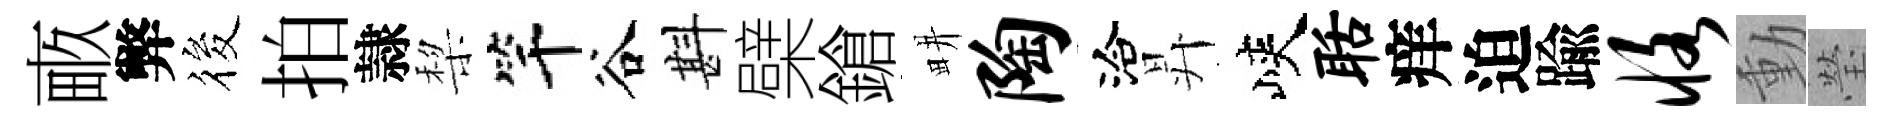
畞弊筱拍隷棃竿谷斟檗鎗畊陶洽昇峽聒痒迫踰恪動瑩